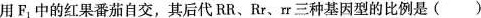
用F_{1}；中的红果番茄自交，其后代RR、Rr、rr三种基因型的比例是( )